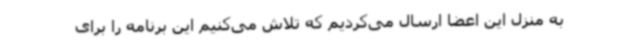
به منزل این اعضا ارسال می‌کردیم که تلاش می‌کنیم این برنامه را برای